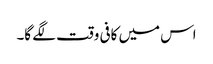
اس میں کافی وقت لگے گا۔